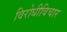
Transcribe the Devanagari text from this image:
विरोधीविचार